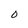
Character: 0